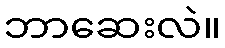
ဘာဆေးလဲ။